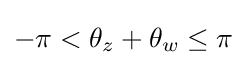
-\pi <\theta _{z}+\theta _{w}\leq \pi